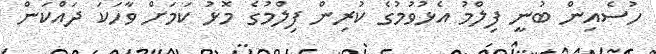
ހުސެއިން ބުނީ ފިލްމު އެޅުވުމުގެ ކުރިން ފިލްމުގެ މޮޅު ކަމަށް ވާހަކަ ދައްކަން